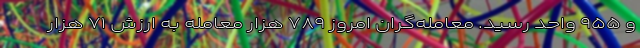
و ۹۵۵ واحد رسید. معامله‌گران امروز ۷۸۹ هزار معامله به ارزش ۷۱ هزار